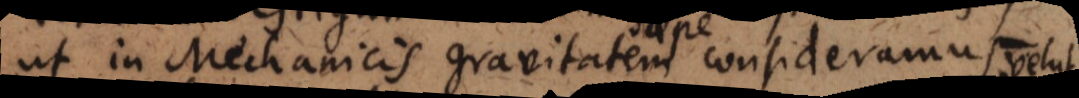
ut in Mechanicis gravitatem consideramus velut